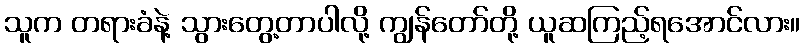
သူက တရားခံနဲ့ သွားတွေ့တာပါလို့ ကျွန်တော်တို့ ယူဆကြည့်ရအောင်လား။